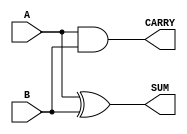
module half_adder #(
    parameter WIDTH = 1  // Parameter to define the width of the inputs
) (
    input [WIDTH-1:0] A,  // Input A (WIDTH bits)
    input [WIDTH-1:0] B,  // Input B (WIDTH bits)
    output [WIDTH-1:0] SUM, // Output SUM (WIDTH bits)
    output CARRY           // Output CARRY (single bit)
);

    // Logic functionality for SUM and CARRY
    assign SUM = A ^ B;    // SUM is the XOR of A and B
    assign CARRY = A & B;  // CARRY is the AND of A and B

endmodule